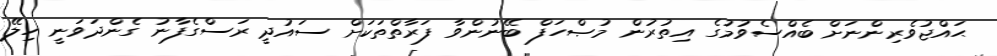
ޙައްޖުވެރިންނަށް ބެއްސެވުމުގެ އިތުރުން މުޞްހަފް ބޭނުންވާ ފަރާތްތަކަށް ސައުދީ ރަސްގެފާނު ގެންދަވަނީ ހިލޭ